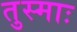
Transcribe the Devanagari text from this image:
तुस्माः